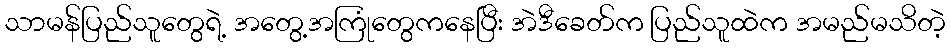
သာမန်ပြည်သူတွေရဲ့ အတွေ့အကြုံတွေကနေပြီး အဲဒီခေတ်က ပြည်သူထဲက အမည်မသိတဲ့